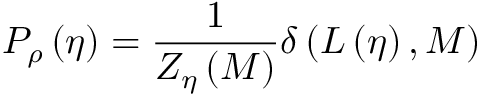
P _ { \rho } \left( \eta \right) = \frac { 1 } { Z _ { \eta } \left( M \right) } \delta \left( L \left( \eta \right) , M \right)